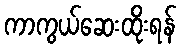
ကာကွယ်ဆေးထိုးရန်